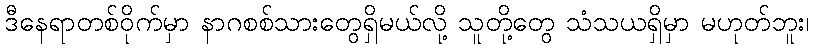
ဒီနေရာတစ်ဝိုက်မှာ နာဂစစ်သားတွေရှိမယ်လို့ သူတို့တွေ သံသယရှိမှာ မဟုတ်ဘူး၊